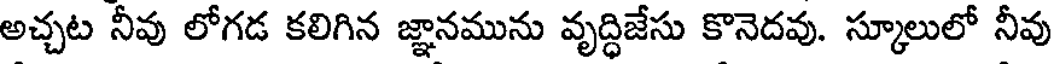
అచ్చట నీవు లోగడ కలిగిన జ్ఞానమును వృద్ధిజేసు కొనెదవు. స్కూలులో నీవు